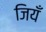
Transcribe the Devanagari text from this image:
जियँ